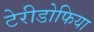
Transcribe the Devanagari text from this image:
टेरीडोफिया